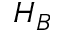
H _ { B }